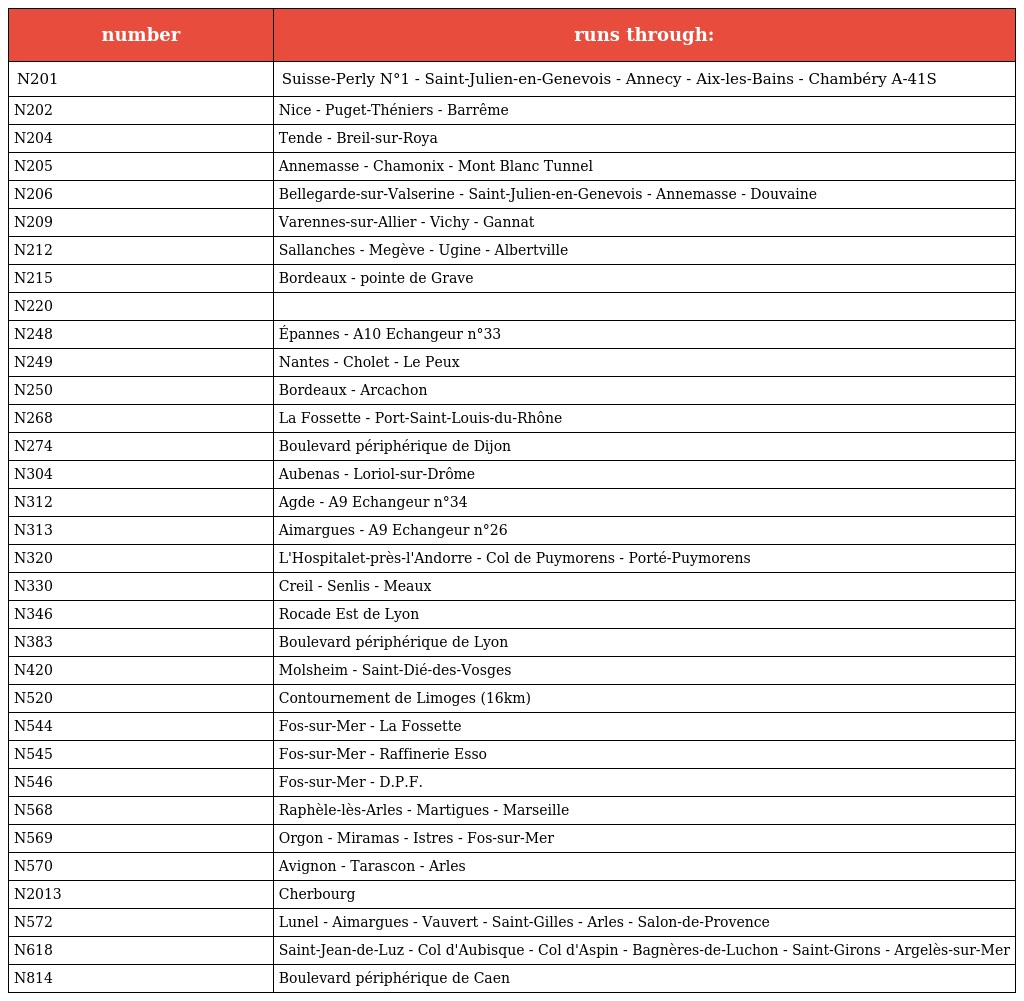
| number | runs through: |
 | --- | --- |
 | N201 | Suisse-Perly N°1 - Saint-Julien-en-Genevois - Annecy - Aix-les-Bains - Chambéry A-41S |
 | N202 | Nice - Puget-Théniers - Barrême |
 | N204 | Tende - Breil-sur-Roya |
 | N205 | Annemasse - Chamonix - Mont Blanc Tunnel |
 | N206 | Bellegarde-sur-Valserine - Saint-Julien-en-Genevois - Annemasse - Douvaine |
 | N209 | Varennes-sur-Allier - Vichy - Gannat |
 | N212 | Sallanches - Megève - Ugine - Albertville |
 | N215 | Bordeaux - pointe de Grave |
 | N220 |  |
 | N248 | Épannes - A10 Echangeur n°33 |
 | N249 | Nantes - Cholet - Le Peux |
 | N250 | Bordeaux - Arcachon |
 | N268 | La Fossette - Port-Saint-Louis-du-Rhône |
 | N274 | Boulevard périphérique de Dijon |
 | N304 | Aubenas - Loriol-sur-Drôme |
 | N312 | Agde - A9 Echangeur n°34 |
 | N313 | Aimargues - A9 Echangeur n°26 |
 | N320 | L'Hospitalet-près-l'Andorre - Col de Puymorens - Porté-Puymorens |
 | N330 | Creil - Senlis - Meaux |
 | N346 | Rocade Est de Lyon |
 | N383 | Boulevard périphérique de Lyon |
 | N420 | Molsheim - Saint-Dié-des-Vosges |
 | N520 | Contournement de Limoges (16km) |
 | N544 | Fos-sur-Mer - La Fossette |
 | N545 | Fos-sur-Mer - Raffinerie Esso |
 | N546 | Fos-sur-Mer - D.P.F. |
 | N568 | Raphèle-lès-Arles - Martigues - Marseille |
 | N569 | Orgon - Miramas - Istres - Fos-sur-Mer |
 | N570 | Avignon - Tarascon - Arles |
 | N2013 | Cherbourg |
 | N572 | Lunel - Aimargues - Vauvert - Saint-Gilles - Arles - Salon-de-Provence |
 | N618 | Saint-Jean-de-Luz - Col d'Aubisque - Col d'Aspin - Bagnères-de-Luchon - Saint-Girons - Argelès-sur-Mer |
 | N814 | Boulevard périphérique de Caen |